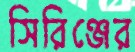
সিরিঞ্জের